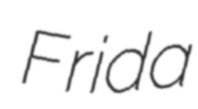
Frida